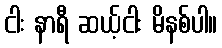
ငါး နာရီ ဆယ့်ငါး မိနစ်ပါ။